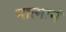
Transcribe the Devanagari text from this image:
नात्मानं